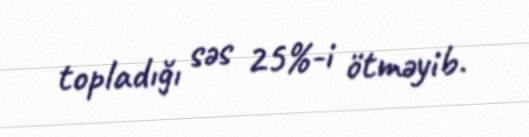
topladığı səs 25%-i ötməyib.